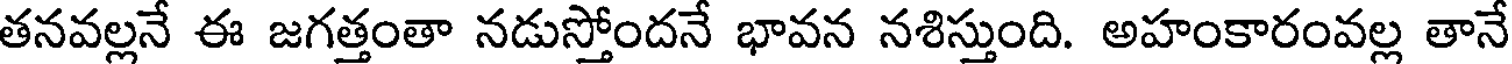
తనవల్లనే ఈ జగత్తంతా నడుస్తోందనే భావన నశిస్తుంది. అహంకారంవల్ల తానే